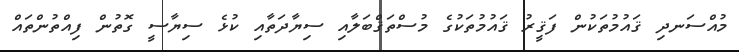
މުއްސަނދި ޤައުމުތަކުން ފަޤީރު ޤައުމުތަކުގެ މުސްތަޤްބަލާއި ސިޔާދަތާއި ކުޅެ ސިޔާސީ ގޮތުން ފިއްތުންތައް